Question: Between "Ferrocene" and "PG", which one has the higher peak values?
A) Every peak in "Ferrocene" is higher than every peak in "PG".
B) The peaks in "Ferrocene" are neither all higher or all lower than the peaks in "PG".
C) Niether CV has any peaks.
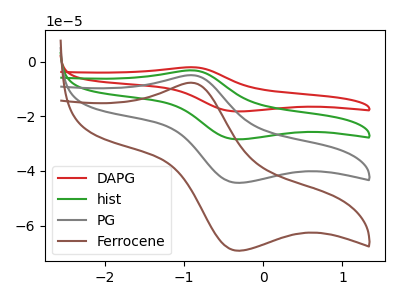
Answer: <think>The red curve "DAPG" has an anodic peak at (-0.90V, -14.80uA) and a cathodic peak at (-0.30V, -133.15uA). The green curve "hist" has an anodic peak at (-0.90V, -9.90uA) and a cathodic peak at (-0.30V, -88.75uA). The gray curve "PG" has an anodic peak at (-0.90V, -4.95uA) and a cathodic peak at (-0.30V, -44.40uA). The brown curve "Ferrocene" has an anodic peak at (-0.90V, -7.70uA) and a cathodic peak at (-0.30V, -69.25uA).</think>
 <answer>B) The peaks in "Ferrocene" are neither all higher or all lower than the peaks in "PG".</answer>
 <eval>B</eval>